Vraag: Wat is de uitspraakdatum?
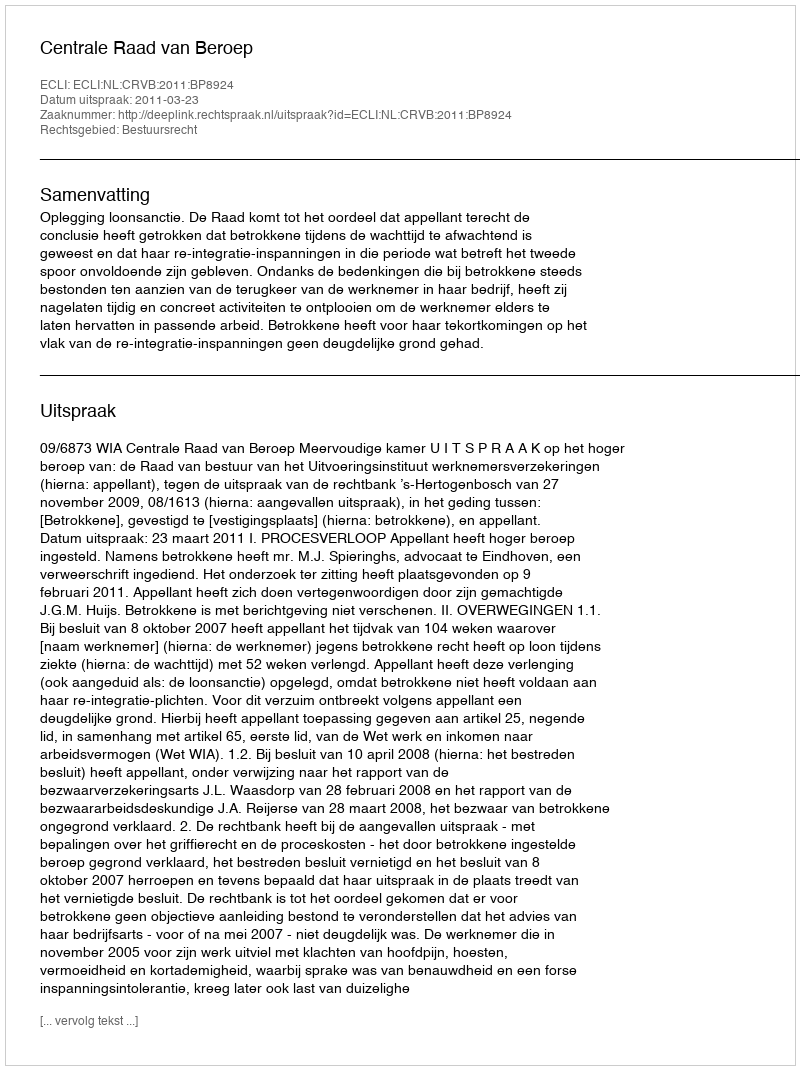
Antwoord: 2011-03-23